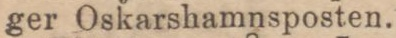
ger Oskarshamnsposten.